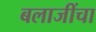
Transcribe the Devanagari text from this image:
बलाजींचा